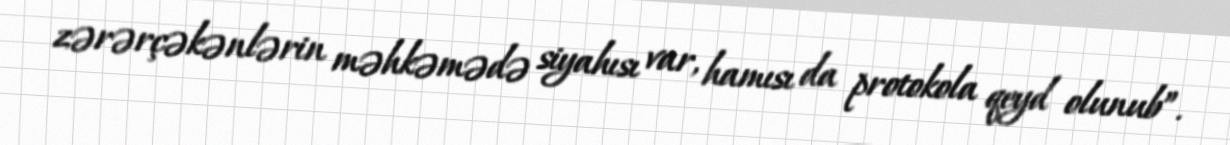
zərərçəkənlərin məhkəmədə siyahısı var, hamısı da protokola qeyd olunub”.